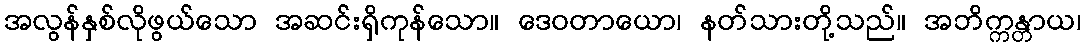
အလွန်နှစ်လိုဖွယ်သော အဆင်းရှိကုန်သော။ ဒေဝတာယော၊ နတ်သားတို့သည်။ အဘိက္ကန္တာယ၊